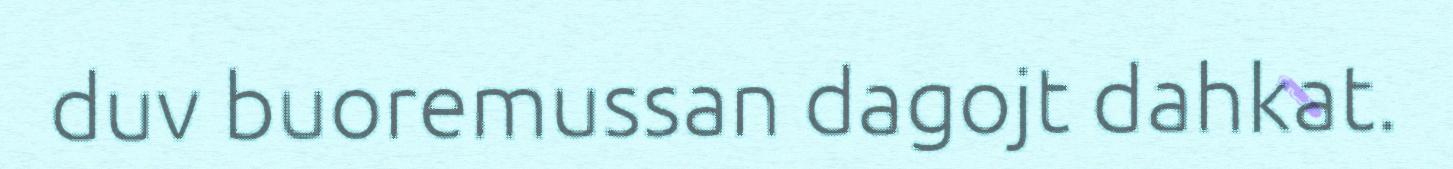
duv buoremussan dagojt dahkat.